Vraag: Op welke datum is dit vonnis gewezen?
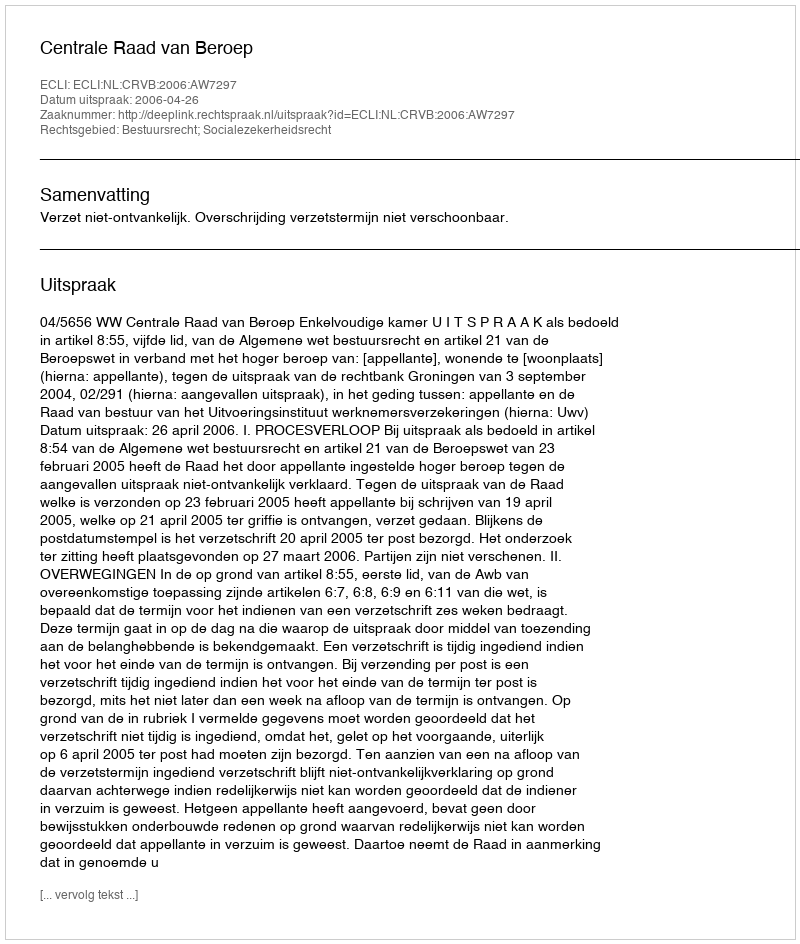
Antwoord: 2006-04-26